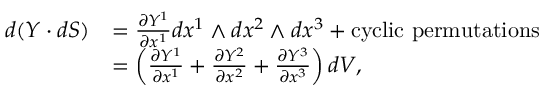
\begin{array} { r l } { d ( Y \cdot d S ) } & { = \frac { \partial Y ^ { 1 } } { \partial x ^ { 1 } } d x ^ { 1 } \wedge d x ^ { 2 } \wedge d x ^ { 3 } + \mathrm { c y c l i c ~ p e r m u t a t i o n s } } \\ & { = \left( \frac { \partial Y ^ { 1 } } { \partial x ^ { 1 } } + \frac { \partial Y ^ { 2 } } { \partial x ^ { 2 } } + \frac { \partial Y ^ { 3 } } { \partial x ^ { 3 } } \right) d V , } \end{array}